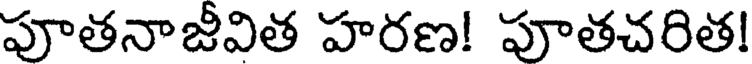
పూతనాజీవిత హరణ! పూతచరిత!